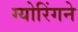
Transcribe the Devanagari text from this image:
ग्योरिंगने